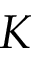
K